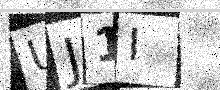
Text: UJ1I